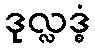
ဒုလ္လဒ္ဓံ